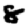
Digit: 8